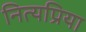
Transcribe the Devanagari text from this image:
नित्यप्रिया